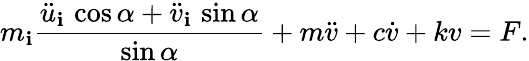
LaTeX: m_{\mathbf{i}}\frac{{{\ddot{{u}}_{\mathbf{i}}}\, \cos{\alpha}+{\ddot{{v}}_{\mathbf{i}}}\, \sin{\alpha}}}{{\sin{\alpha}}}+m\ddot{{v}}+c\dot{{v}}+kv=F.